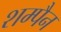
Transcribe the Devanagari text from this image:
शम्पैन